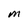
Character: M